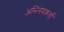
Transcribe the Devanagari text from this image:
अभिनयकर्ता